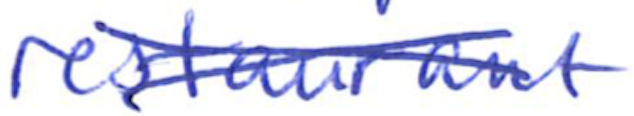
Text: restaurant
Cross-out: cross
Writing tool: ballpoint